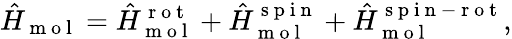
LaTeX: {}\hat{H}_{\mathrm{~m~o~l~}}=\hat{H}_{\mathrm{~m~o~l~}}^{\mathrm{~r~o~t~}}+\hat{H}_{\mathrm{~m~o~l~}}^{\mathrm{~s~p~i~n~}}+\hat{H}_{\mathrm{~m~o~l~}}^{\mathrm{~s~p~i~n~-~r~o~t~}},